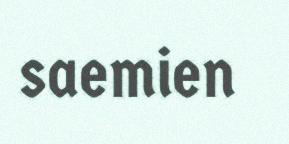
saemien